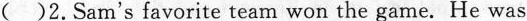
( )2. Sam^{\prime} s favorite team won the game. He was